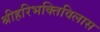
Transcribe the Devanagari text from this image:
श्रीहरिभक्तिविलास